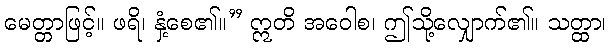
မေတ္တာဖြင့်။ ဖရိ၊ နှံ့စေ၏။” ဣတိ အဝေါစ၊ ဤသို့လျှောက်၏။ သတ္ထာ၊